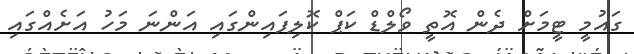
ގައުމީ ޓީމަށް ދެން އޮތީ ވޯލްޑް ކަޕް ކޮލިފައިންގައި އަންނަ މަހު އަށެއްގައި